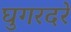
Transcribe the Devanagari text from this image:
घुगरदरे